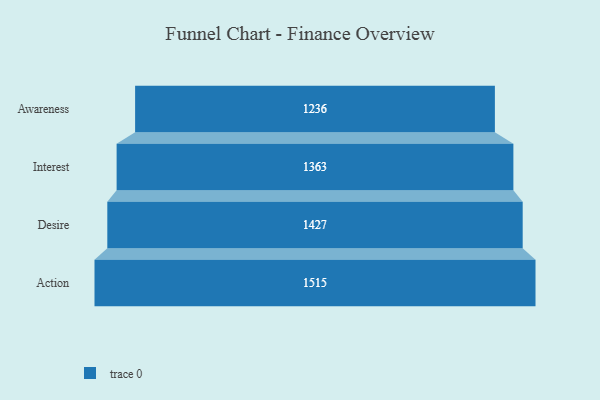
{"axis": {"x": "Stage", "y": "Value"}, "legend": [""], "data": [{"x": "Awareness", "y": 1236.0, "type": ""}, {"x": "Interest", "y": 1363.0, "type": ""}, {"x": "Desire", "y": 1427.0, "type": ""}, {"x": "Action", "y": 1515.0, "type": ""}]}